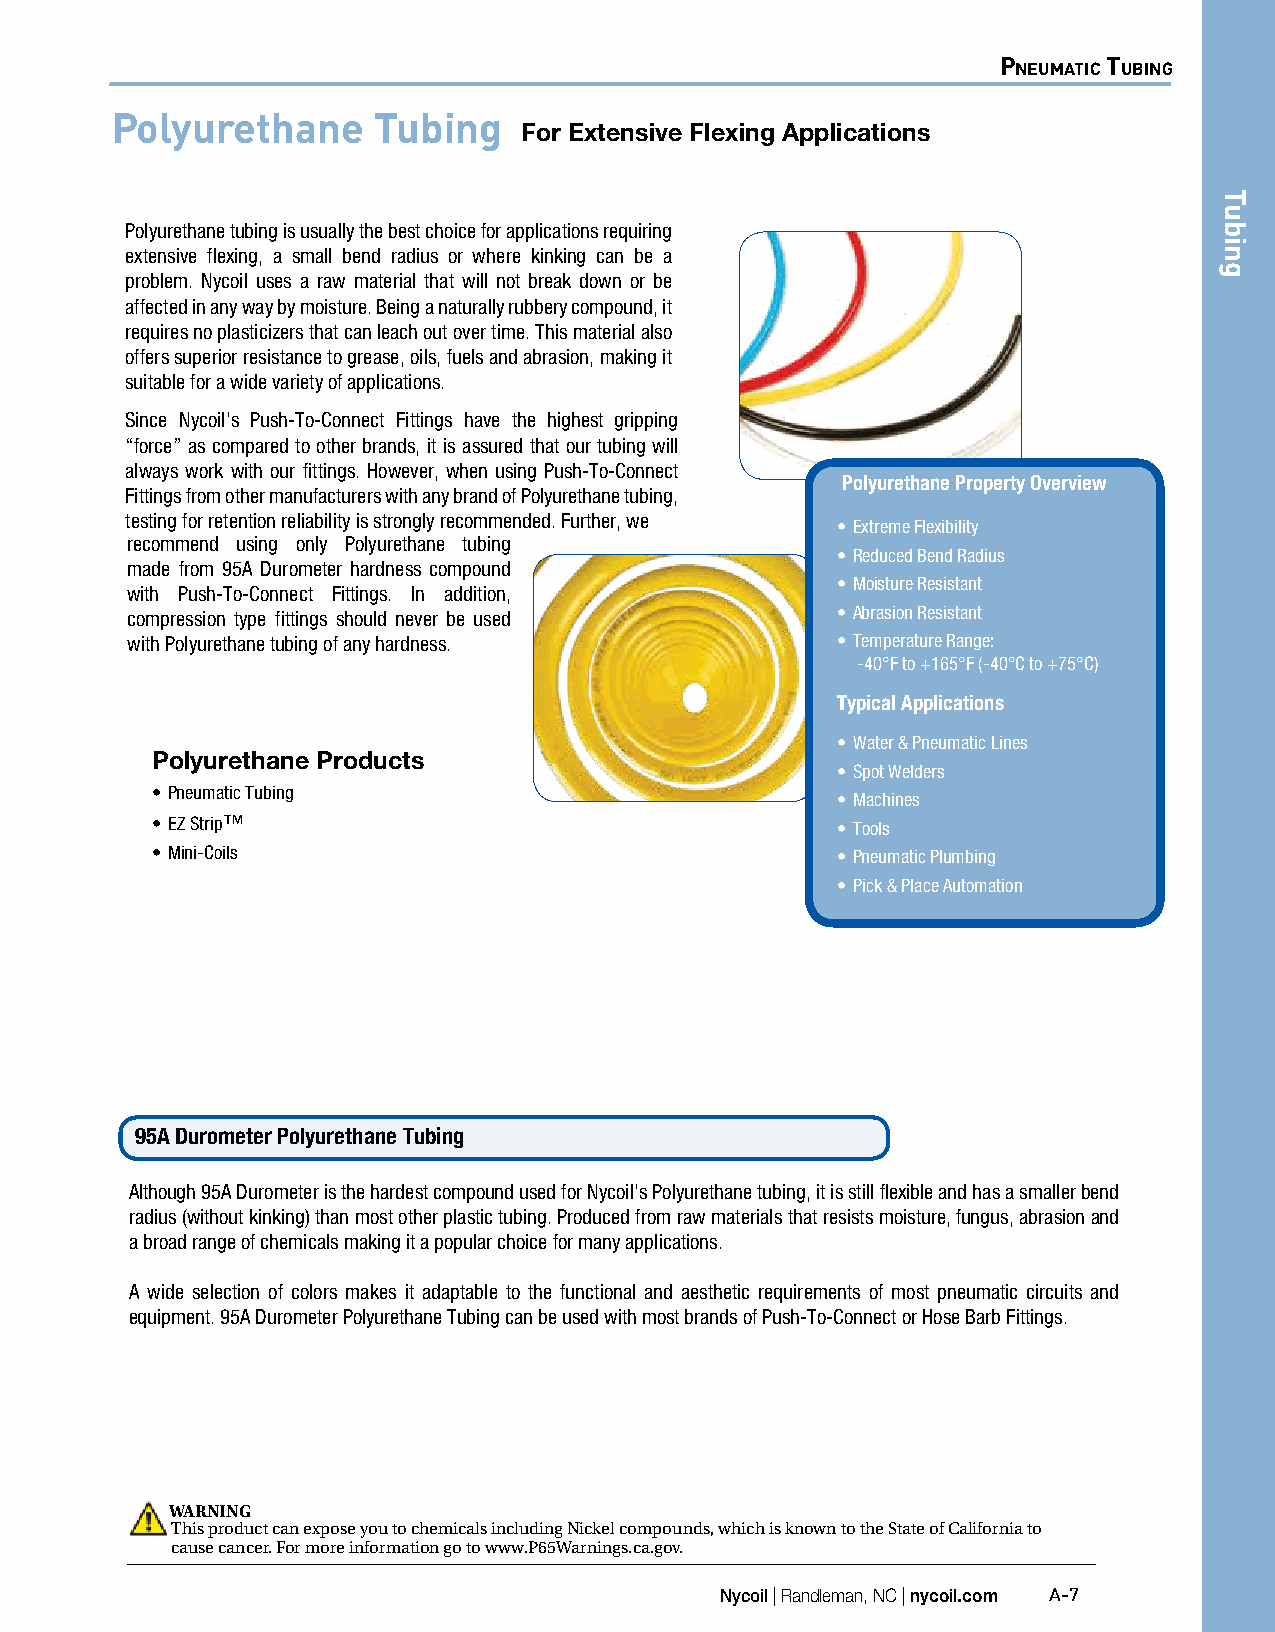
Pneumatic tubing
 Polyurethane      Tubing
 For Extensive Flexing Applications
 Polyurethane tubing is usually the best choice for applications requiring
 extensive flexing, a small bend radius or where kinking can be a
 problem. Nycoil uses a raw material that will not break down or be
 affected in any way by moisture. Being a naturally rubbery compound, it
 requires no plasticizers that can leach out over time. This material also
 offers superior resistance to grease, oils, fuels and abrasion, making it
 suitable for a wide variety of applications.
 Since Nycoil's Push-To-Connect Fittings have the highest gripping
 “force” as compared to other brands, it is assured that our tubing will
 always work with our fittings. However, when using Push-To-Connect
 Polyurethane Property Overview
 Fittings from other manufacturers with any brand of Polyurethane tubing,
 testing for retention reliability is strongly recommended. Further, we
 • Extreme Flexibility
 recommend using only Polyurethane tubing
 • Reduced Bend Radius
 made from 95A Durometer hardness compound
 • Moisture Resistant
 with Push-To-Connect Fittings. In addition,
 compression type fittings should never be used • Abrasion Resistant
 with Polyurethane tubing of any hardness.      • Temperature Range:
 -40°F to +165°F (-40°C to +75°C)
 Typical Applications
 • Water & Pneumatic Lines
 Polyurethane Products
 • Spot Welders
 • Pneumatic Tubing
 • Machines
 • EZ Strip™                                  • Tools
 • Mini-Coils                                 • Pneumatic Plumbing
 • Pick & Place Automation
 95A Durometer Polyurethane Tubing
 Although 95A Durometer is the hardest compound used for Nycoil's Polyurethane tubing, it is still flexible and has a smaller bend
 radius (without kinking) than most other plastic tubing. Produced from raw materials that resists moisture, fungus, abrasion and
 a broad range of chemicals making it a popular choice for many applications.
 A wide selection of colors makes it adaptable to the functional and aesthetic requirements of most pneumatic circuits and
 equipment. 95A Durometer Polyurethane Tubing can be used with most brands of Push-To-Connect or Hose Barb Fittings.
 WARNING
 This product can expose you to chemicals including Nickel compounds, which is known to the State of California to
 cause cancer. For more information go to www.P65Warnings.ca.gov.
 Nycoil | Randleman, NC | nycoil.com A-7
 Tubing